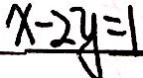
x - 2 y = 1